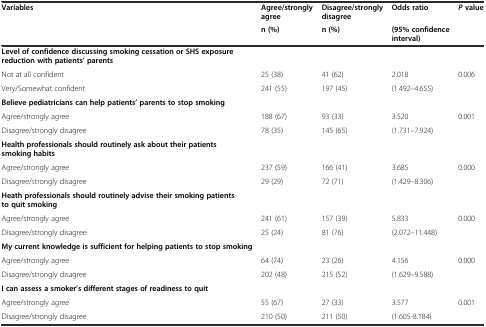
<table><thead><tr><td rowspan="2"><b>Variables</b></td><td><b>Agree/strongly agree</b></td><td><b>Disagree/strongly disagree</b></td><td><b>Odds ratio</b></td><td rowspan="2"><b><i>P</i>value</b></td></tr><tr><td><b>n (%)</b></td><td><b>n (%)</b></td><td><b>(95% confidence interval)</b></td></tr></thead><tbody><tr><td><b>Level of confidence discussing smoking cessation or SHS exposure reduction with patients’ parents</b></td><td>[EMPTY_CELL]</td><td>[EMPTY_CELL]</td><td>[EMPTY_CELL]</td><td>[EMPTY_CELL]</td></tr><tr><td>Not at all confident</td><td>25 (38)</td><td>41 (62)</td><td>2.018</td><td rowspan="2">0.006</td></tr><tr><td>Very/Somewhat confident</td><td>241 (55)</td><td>197 (45)</td><td>(1.492–4.655)</td></tr><tr><td><b>Believe pediatricians can help patients’ parents to stop smoking</b></td><td>[EMPTY_CELL]</td><td>[EMPTY_CELL]</td><td>[EMPTY_CELL]</td><td>[EMPTY_CELL]</td></tr><tr><td>Agree/strongly agree</td><td>188 (67)</td><td>93 (33)</td><td>3.520</td><td rowspan="2">0.001</td></tr><tr><td>Disagree/strongly disagree</td><td>78 (35)</td><td>145 (65)</td><td>(1.731–7.924)</td></tr><tr><td><b>Health professionals should routinely ask about their patients smoking habits</b></td><td>[EMPTY_CELL]</td><td>[EMPTY_CELL]</td><td>[EMPTY_CELL]</td><td>[EMPTY_CELL]</td></tr><tr><td>Agree/strongly agree</td><td>237 (59)</td><td>166 (41)</td><td>3.685</td><td rowspan="2">0.000</td></tr><tr><td>Disagree/strongly disagree</td><td>29 (29)</td><td>72 (71)</td><td>(1.429–8.306)</td></tr><tr><td><b>Heath professionals should routinely advise their smoking patients to quit smoking</b></td><td>[EMPTY_CELL]</td><td>[EMPTY_CELL]</td><td>[EMPTY_CELL]</td><td>[EMPTY_CELL]</td></tr><tr><td>Agree/strongly agree</td><td>241 (61)</td><td>157 (39)</td><td>5.833</td><td rowspan="2">0.000</td></tr><tr><td>Disagree/strongly disagree</td><td>25 (24)</td><td>81 (76)</td><td>(2.072–11.448)</td></tr><tr><td><b>My current knowledge is sufficient for helping patients to stop smoking</b></td><td>[EMPTY_CELL]</td><td>[EMPTY_CELL]</td><td>[EMPTY_CELL]</td><td>[EMPTY_CELL]</td></tr><tr><td>Agree/strongly agree</td><td>64 (74)</td><td>23 (26)</td><td>4.156</td><td rowspan="2">0.000</td></tr><tr><td>Disagree/strongly disagree</td><td>202 (48)</td><td>215 (52)</td><td>(1.629–9.588)</td></tr><tr><td><b>I can assess a smoker’s different stages of readiness to quit</b></td><td>[EMPTY_CELL]</td><td>[EMPTY_CELL]</td><td>[EMPTY_CELL]</td><td>[EMPTY_CELL]</td></tr><tr><td>Agree/strongly agree</td><td>55 (67)</td><td>27 (33)</td><td>3.577</td><td rowspan="2">0.001</td></tr><tr><td>Disagree/strongly disagree</td><td>210 (50)</td><td>211 (50)</td><td>(1.605-8.184)</td></tr></tbody></table>